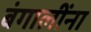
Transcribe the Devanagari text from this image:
बंगालींना